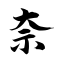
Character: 奈